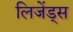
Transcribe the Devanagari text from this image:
लिजेंड्स